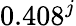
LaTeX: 0.408^{j}